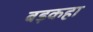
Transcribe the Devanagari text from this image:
बड़कहा